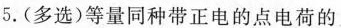
5.(多选)等量同种带正电的点电荷的